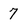
Character: 7